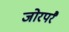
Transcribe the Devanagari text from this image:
जोरपरै